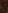
Text: 8